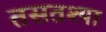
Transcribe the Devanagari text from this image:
तसतश्या